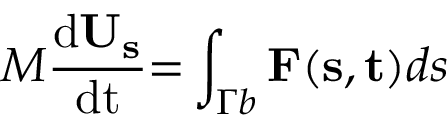
M \frac { { \mathrm { { d } } { { \bf { U } } _ { \bf { s } } } } } { { \mathrm { { d t } } } } \mathrm { { = } } \int _ { \Gamma b } { { \bf { F ( s , t ) } } d s }